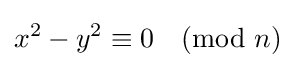
x^{2}-y^{2}\equiv 0{\pmod {n}}